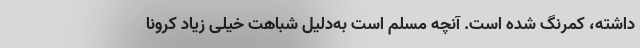
داشته، کمرنگ شده است. آنچه مسلم است به‌دلیل شباهت خیلی زیاد کرونا